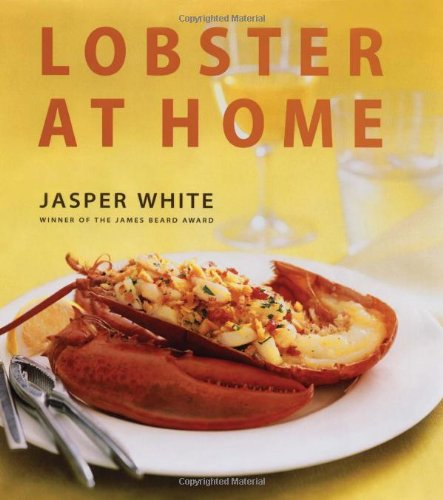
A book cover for Lobster at Home; Jasper White; Cookbooks, Food & Wine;